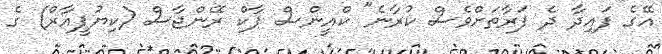
އޭގެ ފައިދާ ދެ ފަރާތަށްވެސް ކުރާނެ" ކްއީންސް ޕާކް ރޭންޖާސް (ކިޔުޕީއާރް) ގެ